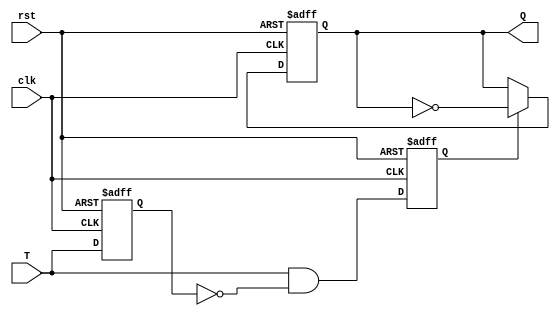
`timescale 1ns / 1ps

module tfftrigger(clk, rst, T, Q);

input T, clk, rst;
reg T_reg, T_trig;
output reg Q;

always @(posedge clk or negedge rst) begin
   if(!rst) begin
      Q <= 1'b0;
      T_reg <= 1'b0;
      T_trig <= 1'b0;
  end
  else begin
     T_reg <= T;
     T_trig <= T & ~T_reg;
  

    if(T_trig)
      Q <= ~Q;
end
end
endmodule